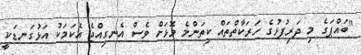
"ބައްޕަގެ މި ދަރިފުޅުގެ ހަރަކާތްތައް ކިތަންމެ މޮޅަށް ވެސް އެނގިއްޖެ އެކަމަކު އަޅުގަނޑަކީ